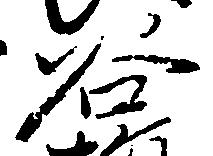
谷